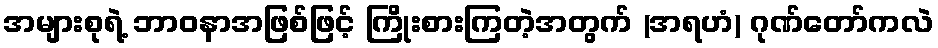
အများစုရဲ့ ဘာဝနာအဖြစ်ဖြင့် ကြိုးစားကြတဲ့အတွက် (အရဟံ) ဂုဏ်တော်ကလဲ